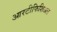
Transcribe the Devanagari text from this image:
आरटीफिशिअल